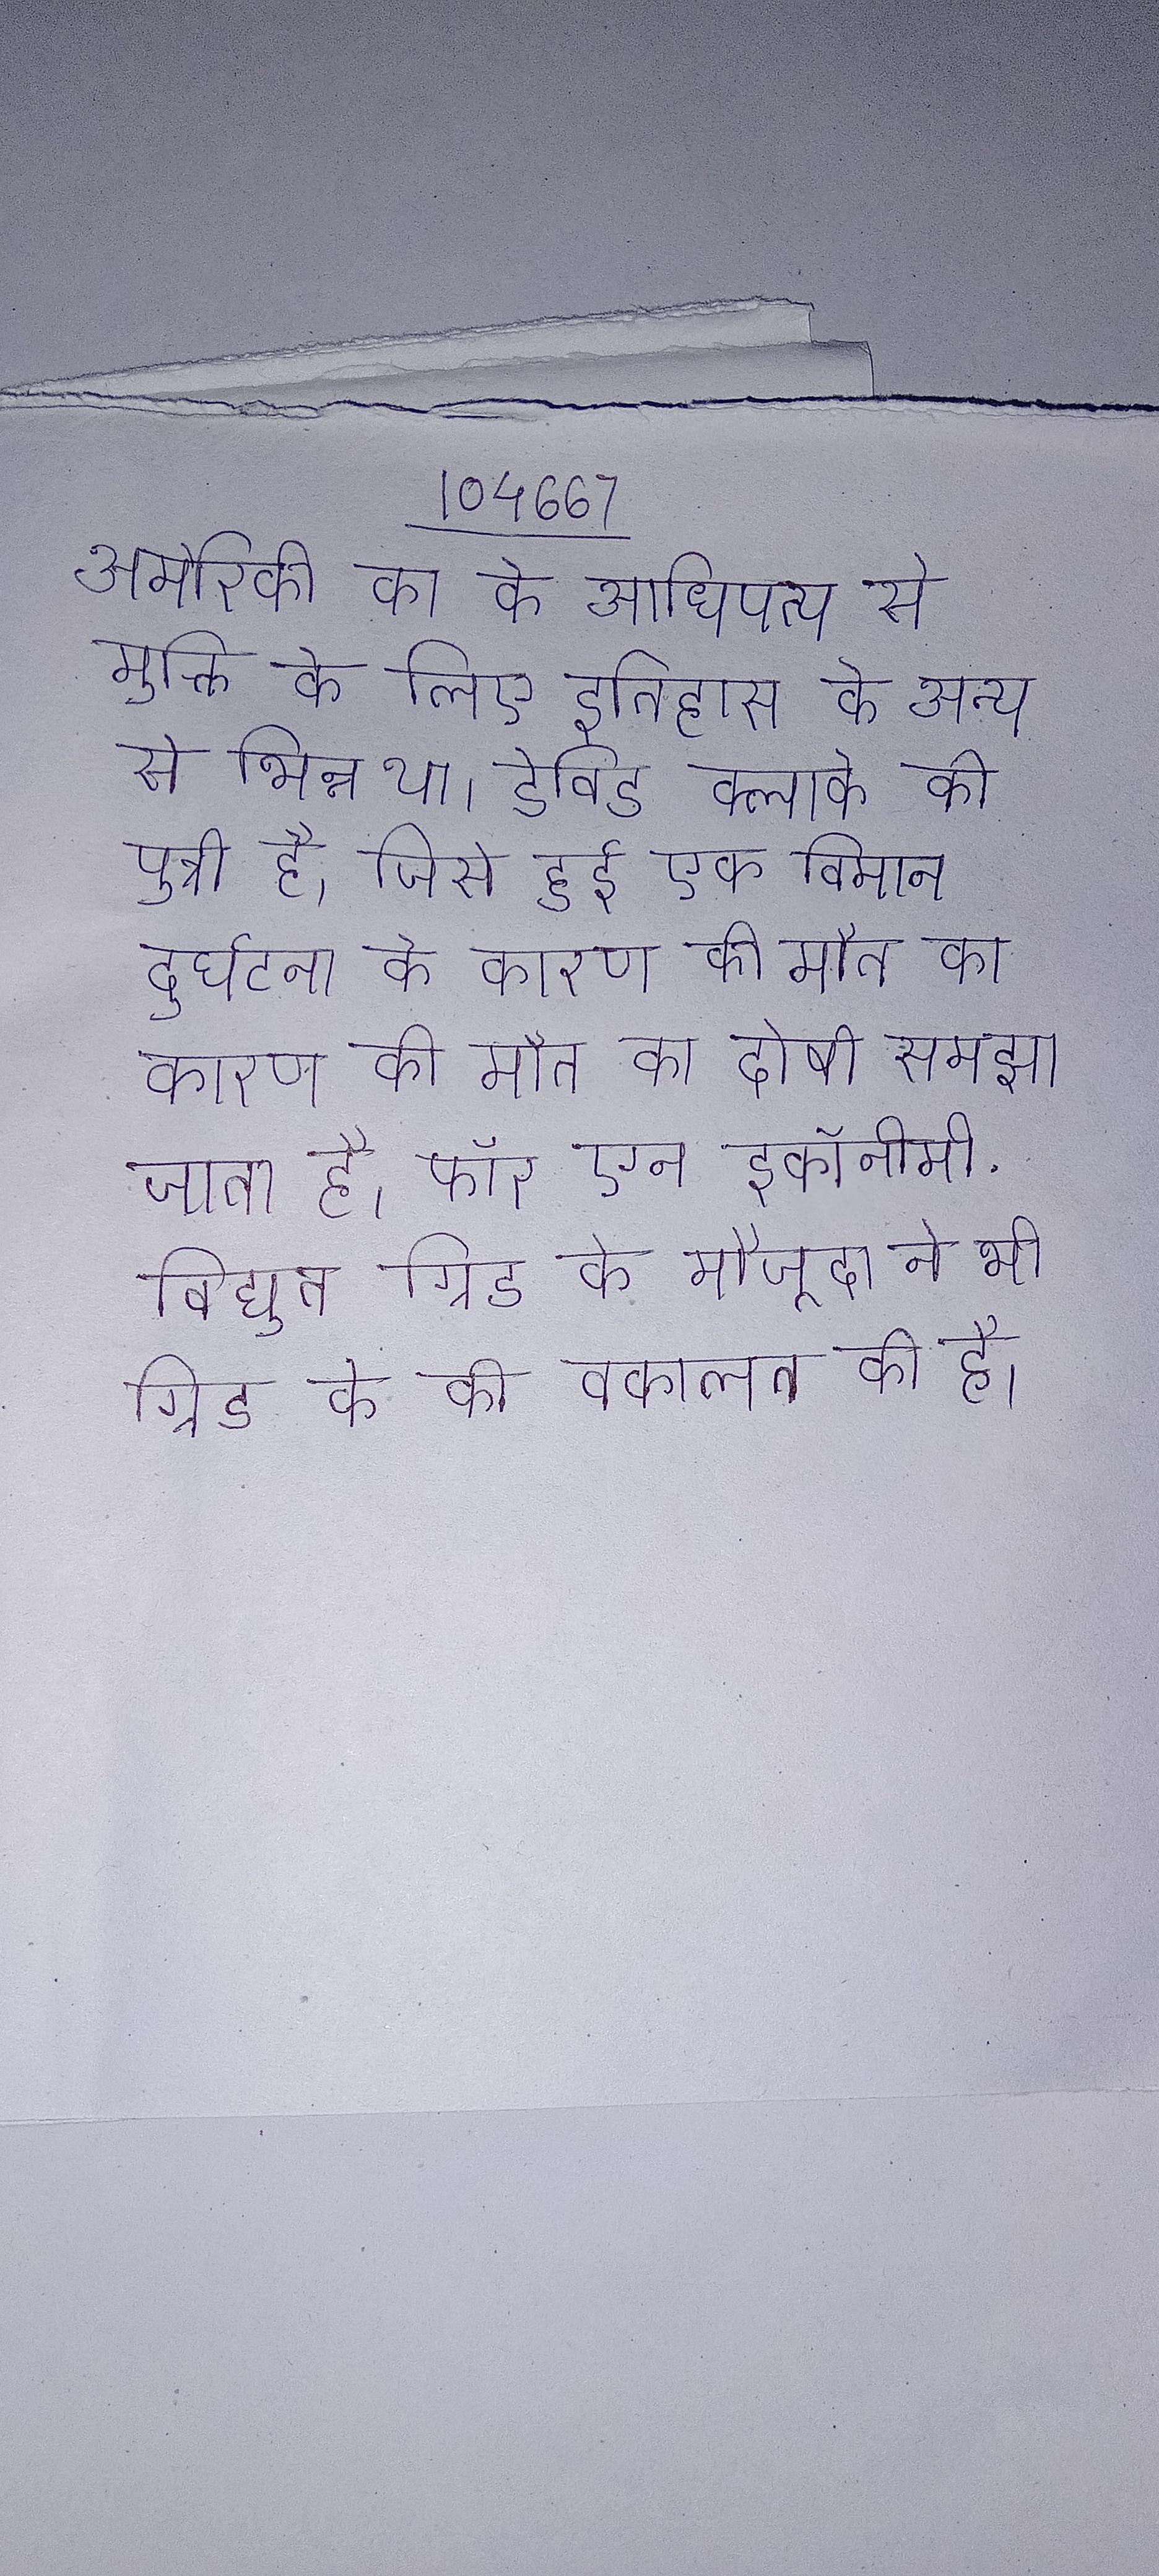
अमेेरिकी का के आधिपत्य से मुक्ति के लिए इतिहास के अन्य से भिन्न था । डेविड क्लार्क की पुत्री है, जिसे हुई एक विमान दुर्घटना के कारण की मौत का दोषी समझा जाता है । फॉर एन इकॉनोमी . विद्युत ग्रिड के मौजूदा ने भी ग्रिड के की वकालत की है ।